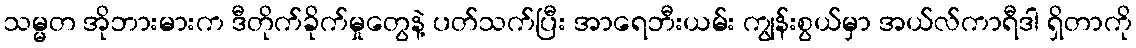
သမ္မတ အိုဘားမားက ဒီတိုက်ခိုက်မှုတွေနဲ့ ပတ်သက်ပြီး အာရေဘီးယမ်း ကျွန်းစွယ်မှာ အယ်လ်ကာရီဒါ ရှိတာကို